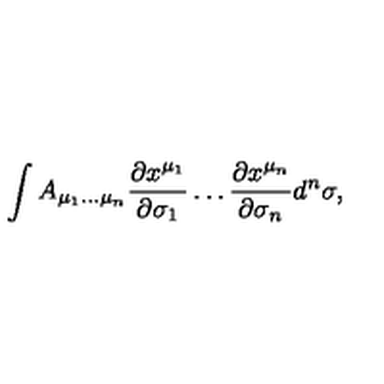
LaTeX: \int A _ { \mu _ { 1 } \ldots \mu _ { n } } { \frac { \partial x ^ { \mu _ { 1 } } } { \partial \sigma _ { 1 } } } \ldots { \frac { \partial x ^ { \mu _ { n } } } { \partial \sigma _ { n } } } d ^ { n } \sigma ,